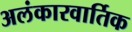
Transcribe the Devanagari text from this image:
अलंकारवार्तिक